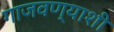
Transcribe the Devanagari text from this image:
गाजवण्याशी